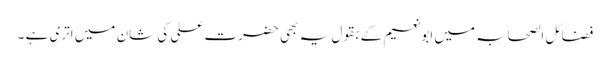
فضائل الصحابہ میں ابونعیم کے بقول یہ بھی حضرت علی کی شان میں اتری ہے ۔